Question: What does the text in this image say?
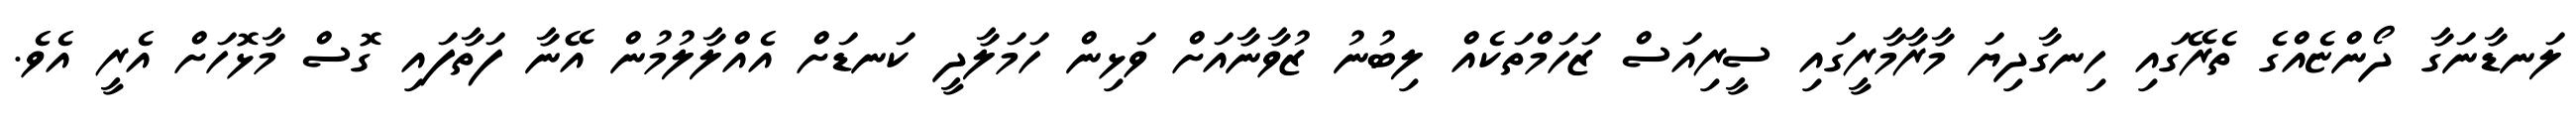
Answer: ލަނޑާނަގާ ދޯންޏެއްގެ ތެރޭގައި ހިނގާދިޔަ މާރާމާރީގައި ސީރިއަސް ޒަހަމްތަކެއް ލިބުނު ޒުވާނާއަށް ވަޅިން ހަމަލާދީ ކަނޑަށް އެއްލާލުމުން އޭނާ ފަތާފައި ގޮސް މާޅޮހަށް އެރީ އެވެ.